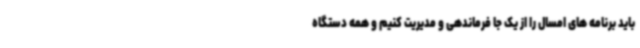
باید برنامه های امسال را از یک جا فرماندهی و مدیریت کنیم و همه دستگاه